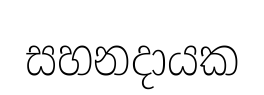
සහනදායක